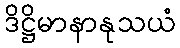
ဒိဋ္ဌိမာနာနုသယံ